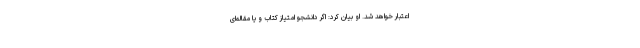
اعتبار خواهد شد. او بیان کرد: اگر دانشجو امتیاز کتاب و یا مقاله‌ای